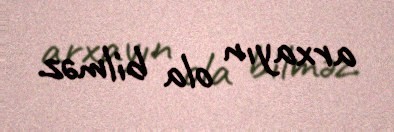
arxayın ola bilməz.